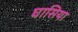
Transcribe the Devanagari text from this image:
घासिया